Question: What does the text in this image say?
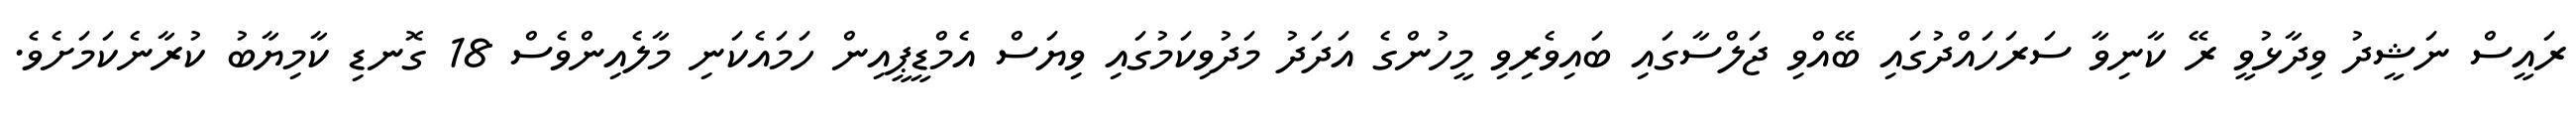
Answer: ރައީސް ނަޝީދު ވިދާޅުވީ ރޭ ކާނިވާ ސަރަހައްދުގައި ބޭއްވި ޖަލްސާގައި ބައިވެރިވި މީހުންގެ އަދަދު މަދުވިކަމުގައި ވިޔަސް އެމްޑީޕީއިން ހަމައެކަނި މާލެއިންވެސް 18 ގޮނޑި ކާމިޔާބު ކުރާނެކަމަށެވެ.